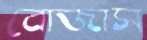
বোজাস